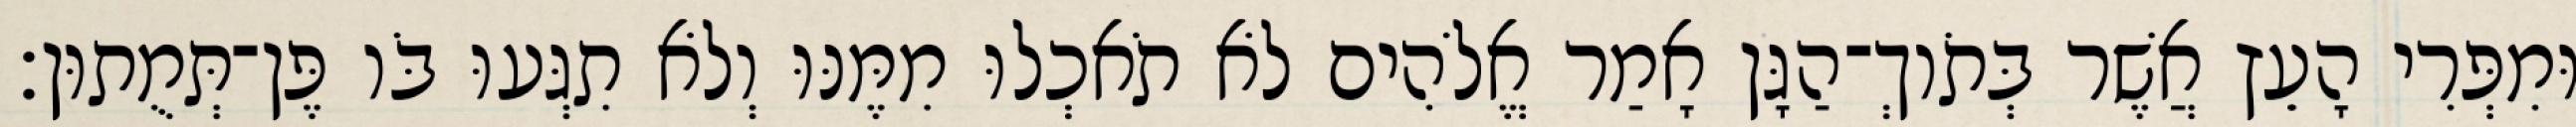
וּמִפְּרִי הָעֵץ אֲשֶׁר בְּתֹוךְ־הַגָּן אָמַר אֱלֹהִים לֹא תֹאכְלוּ מִמֶּנּוּ וְלֹא תִגְּעוּ בֹּו פֶּן־תְּמֻתוּן׃